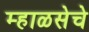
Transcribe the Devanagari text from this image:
म्हाळसेचे